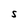
Character: S